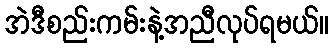
အဲဒီစည်းကမ်းနဲ့အညီလုပ်ရမယ်။